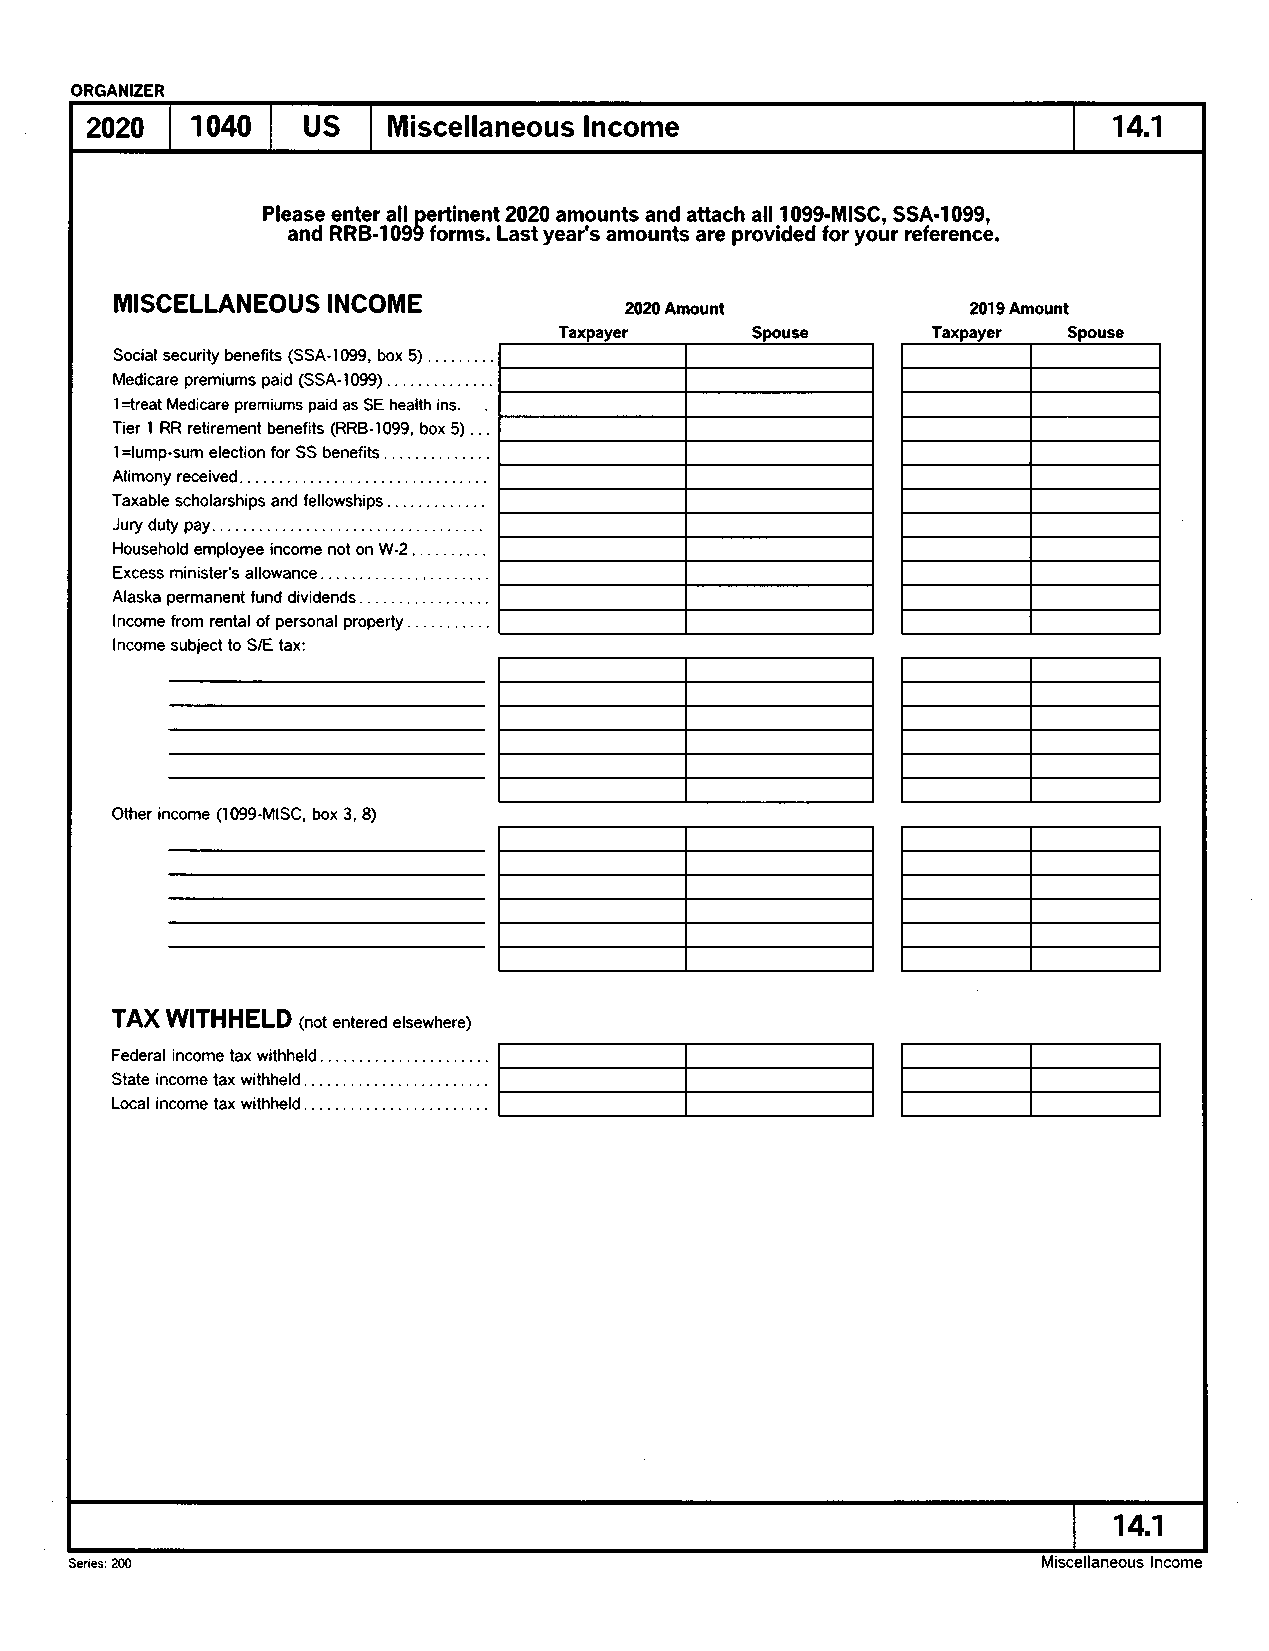
ORGANIZER
 2020   1040   US    Miscellaneous Income                            14.1
 Please enter all pertinent 2020 amounts and attach all 1099-M!SC, SSA-1099,
 and RRB-I099 forms. Last year's amounts are provided for your reference.
 MISCELLANEOUS INCOME
 2020 Amount            2019 Amount
 Social security benefits (SSA-1099, box 5)
 Medicare premiums paid (SSA-1099)
 I =treat Medicare premiums paid as SE health ins.
 Tier I RR retirernent benefits (RRB-I099, box 5)
 1=lump-sum election for SS benefits
 Alimony received
 Taxable scholarships and fellowships
 Jury duty pay.
 Household employee income not on W-2
 Excess minister's allowance
 Alaska permanent fund dividends. . .
 lncome from rental of personal property
 lncome subject to S/E tax:
 Other income (1099-M|SC, box 3, 8)
 TAX WITHHELD (not entered etsewhere)
 Federal income tax withheld
 State income tax withheld.
 .
 Local income tax withheld.
 .
 14.1
 Series: 200